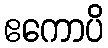
ဧကောပိ